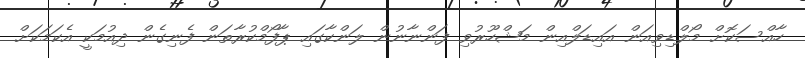
ހާއްސަކޮށް މޯލްޑިވިއަން އައިޑަލްއިން މަޝްހޫރުވި ފަންނާނުން ލަންކާގައި ޕާފޯމްކުރާތަން ފެނިގެން ދިއުމަކީ އެކަމަކަށް